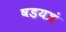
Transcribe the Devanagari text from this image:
षडयत्रं